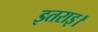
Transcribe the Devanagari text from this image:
इतराइ।